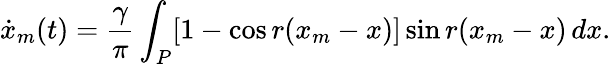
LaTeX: \dot{x}_{m}(t)=\frac{\gamma}{\pi}\int_{P}[1-\cos r(x_{m}-x)]\sin{r(x_{m}-x)}\, dx.